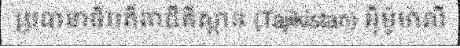
ប្រធានាធិបតីតាជីគីស្ថាន (Tajikistan) អ៊ីម៉ូម៉ាលី